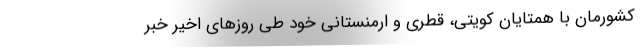
کشورمان با همتایان کویتی، قطری و ارمنستانی خود طی روزهای اخیر خبر